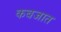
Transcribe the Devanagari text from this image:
कबजात